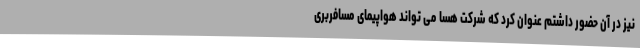
نیز در آن حضور داشتم عنوان کرد که شرکت هسا می تواند هواپیمای مسافربری